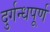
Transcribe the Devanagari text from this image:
दुर्गन्धपूर्ण